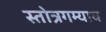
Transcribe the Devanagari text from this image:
स्तोत्रगम्याय